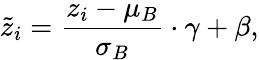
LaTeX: \tilde{z}_{i}=\frac{z_{i}-\mu_{B}}{\sigma_{B}}\cdot\gamma+\beta,